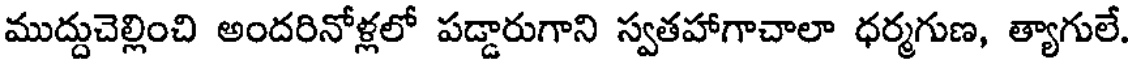
ముద్దుచెల్లించి అందరినోళ్లలో పడ్డారుగాని స్వతహాగాచాలా ధర్మగుణ, త్యాగులే.